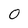
Character: O